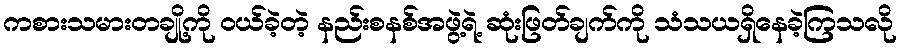
ကစားသမားတချို့ကို ဝယ်ခဲ့တဲ့ နည်းစနစ်အဖွဲ့ရဲ့ ဆုံးဖြတ်ချက်ကို သံသယရှိနေခဲ့ကြသလို